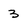
Character: 3